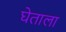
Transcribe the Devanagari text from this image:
घेताला